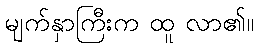
မျက်နှာကြီးက ထူ လာ၏။